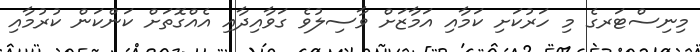
މިނިސްޓަރގެ މި ހަރުކަށި ކަމާއި އަމާޒަށް ވާސިލުވެ ގަވާއިދާއި އެއްގޮތަށް ކަންކަން ކުރުމާއި